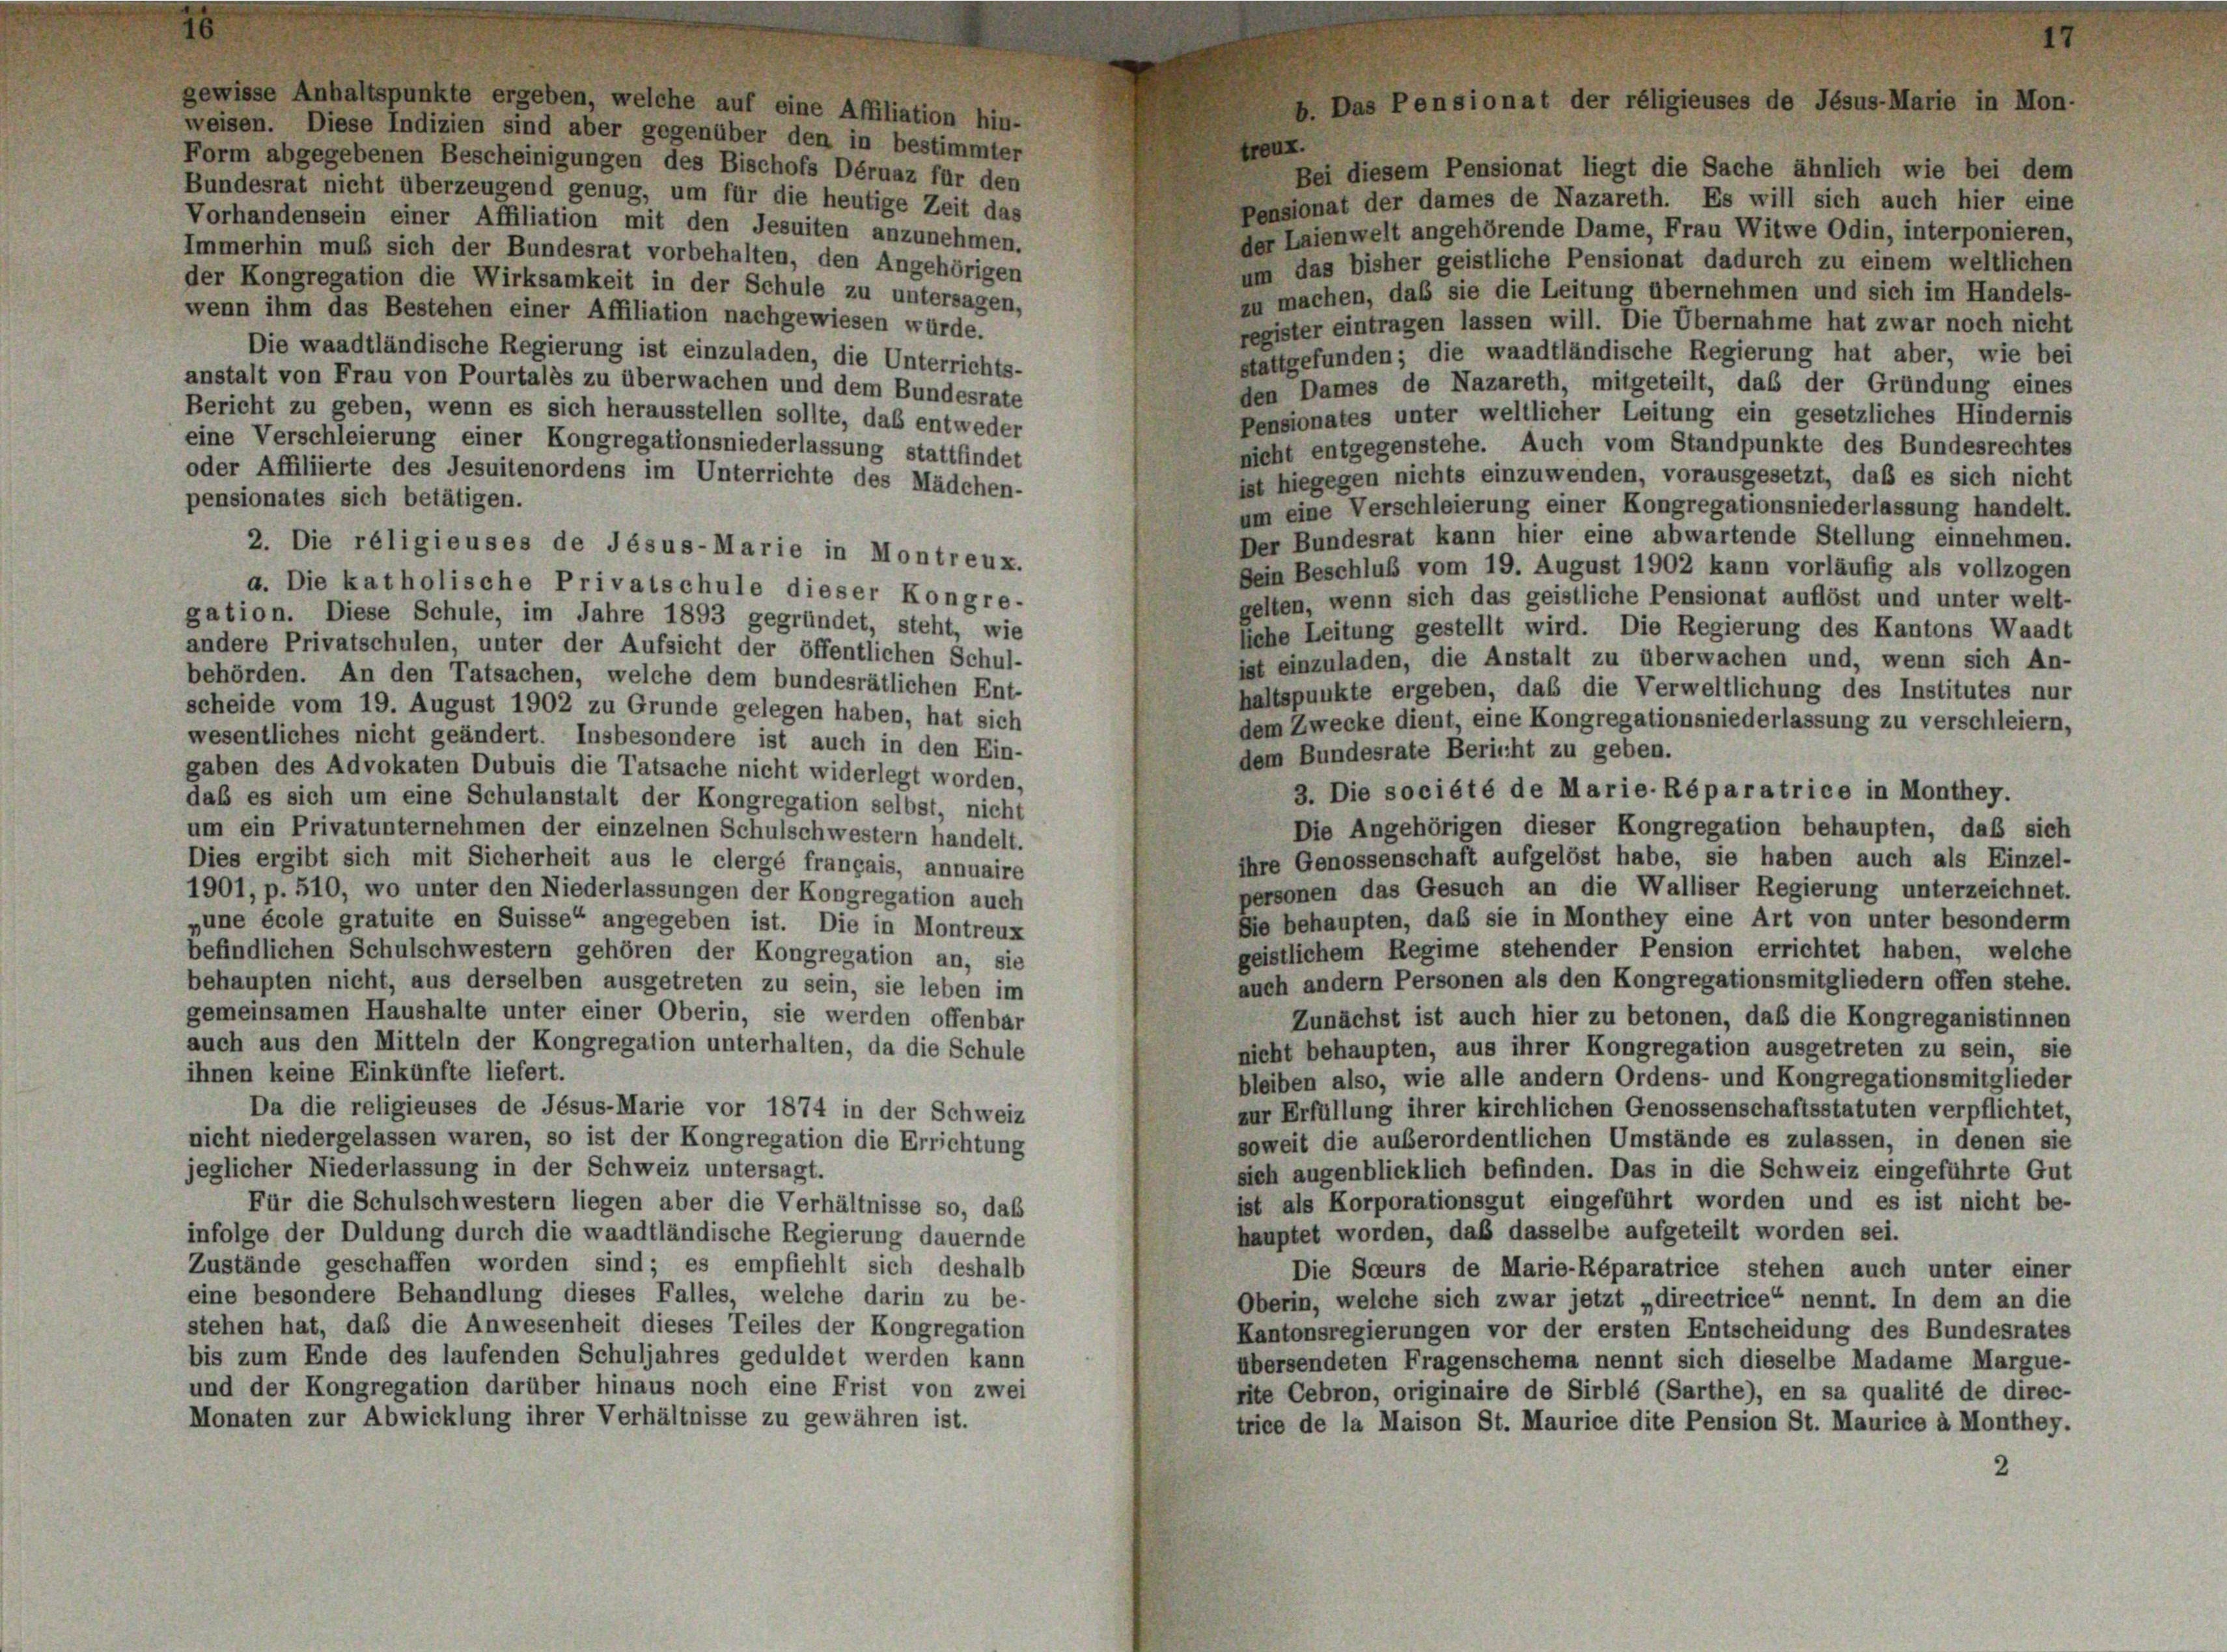
eine Affiliation hin-

sionat der religie

es de Jes

us-Marie in M.

weisen. Diese Indizien sind aber gegenüber den in bestimmter
treux.
Form abgegebenen Bescheinigungen des Bischofs Déruaz für den
Bei diesem Pensionat liegt die Sache ähnlich wie bei dem
Bundesrat nicht überzeugend genug, um für die heutige Zeit das
Pensionat der dames de Nazareth. Es will sich auch hier eine
Vorhandensein einer Affiliation mit den Jesuiten anzunehmen.
der Laienwelt angehörende Dame, Frau Witwe Odin, interponieren,
Immerhin muß sich der Bundesrat vorbehalten, den Angehörigen
um das bisher geistliche Pensionat dadurch zu einem weltlichen
der Kongregation die Wirksamkeit in der Schule zu untersagen,
zu machen, daß sie die Leitung übernehmen und sich im Handels-
wenn ihm das Bestehen einer Affiliation nachgewiesen würde.
register eintragen lassen will. Die Übernahme hat zwar noch nicht
Die waadtländische Regierung ist einzuladen, die Unterrichts-
stattgefunden; die waadtländische Regierung hat aber, wie bei
anstalt von Frau von Pourtalès zu überwachen und dem Bundesrate
den Dames de Nazareth, mitgeteilt, daß der Gründung eines
Bericht zu geben, wenn es sich herausstellen sollte, das entweder
Pensionates unter weltlicher Leitung ein gesetzliches Hindernis
eine Verschleierung einer Kongregationsniederlassung stattfindet
nicht entgegenstehe. Auch vom Standpunkte des Bundesrechtes
oder Affiliierte des Jesuitenordens im Unterrichte des Mädchen-
ist hiegegen nichts einzuwenden, vorausgesetzt, daß es sich nicht
pensionates sich betätigen.
um eine Verschleierung einer Kongregationsniederlassung handelt.
Der Bundesrat kann hier eine abwartende Stellung einnehmen.
2. Die réligieuses de Jésus-Marie in Montreux.
Sein Beschluß vom 19. August 1902 kann vorläufig als vollzogen
a. Die katholische Privatschule dieser Kongre-
gelten, wenn sich das geistliche Pensionat auflöst und unter welt-
gation. Diese Schule, im Jahre 1893 gegründet, steht, wie
liche Leitung gestellt wird. Die Regierung des Kantons Waadt
andere Privatschulen, unter der Aufsicht der öffentlichen Schul-
ist einzuladen, die Anstalt zu überwachen und, wenn sich An-
behörden. An den Tatsachen, welche dem bundesrätlichen Ent-
haltspunkte ergeben, daß die Verweltlichung des Institutes nur
scheide vom 19. August 1902 zu Grunde gelegen haben, hat sich
dem Zwecke dient, eine Kongregationsniederlassung zu verschleiern,
wesentliches nicht geändert. Insbesondere ist auch in den Ein-
dem Bundesrate Bericht zu geben.
gaben des Advokaten Dubuis die Tatsache nicht widerlegt worden,
3. Die société de Marie-Réparatrice in Monthey.
daß es sich um eine Schulanstalt der Kongregation selbst, nicht
Die Angehörigen dieser Kongregation behaupten, daß sich
um ein Privatunternehmen der einzelnen Schulschwestern handelt.
ihre Genossenschaft aufgelöst habe, sie haben auch als Einzel-
Dies ergibt sich mit Sicherheit aus le clergé français, annuaire
personen das Gesuch an die Walliser Regierung unterzeichnet.
1901, p. 510, wo unter den Niederlassungen der Kongregation auch
Sie behaupten, daß sie in Monthey eine Art von unter besonderm
„une école gratuite en Suisse“ angegeben ist. Die in Montreux
geistlichem Regime stehender Pension errichtet haben, welche
befindlichen Schulschwestern gehören der Kongregation an, sie
auch andern Personen als den Kongregationsmitgliedern offen stehe.
behaupten nicht, aus derselben ausgetreten zu sein, sie leben im
gemeinsamen Haushalte unter einer Oberin, sie werden offenbar
Zunächst ist auch hier zu betonen, daß die Kongreganistinnen
auch aus den Mitteln der Kongregation unterhalten, da die Schule
nicht behaupten, aus ihrer Kongregation ausgetreten zu sein, sie
ihnen keine Einkünfte liefert.
bleiben also, wie alle andern Ordens- und Kongregationsmitglieder
Da die religieuses de Jésus-Marie vor 1874 in der Schweiz
zur Erfüllung ihrer kirchlichen Genossenschaftsstatuten verpflichtet,
nicht niedergelassen waren, so ist der Kongregation die Errichtung
soweit die außerordentlichen Umstände es zulassen, in denen sie
jeglicher Niederlassung in der Schweiz untersagt.
sich augenblicklich befinden. Das in die Schweiz eingeführte Gut
ist als Korporationsgut eingeführt worden und es ist nicht be-
Für die Schulschwestern liegen aber die Verhältnisse so, daß
hauptet worden, daß dasselbe aufgeteilt worden sei.
infolge der Duldung durch die waadtländische Regierung dauernde
Zustände geschaffen worden sind; es empfiehlt sich deshalb
Die Soeurs de Marie-Réparatrice stehen auch unter einer
eine besondere Behandlung dieses Falles, welche darin zu be-
Oberin, welche sich zwar jetzt „directrice“ nennt. In dem an die
stehen hat, daß die Anwesenheit dieses Teiles der Kongregation
Kantonsregierungen vor der ersten Entscheidung des Bundesrates
bis zum Ende des laufenden Schuljahres geduldet werden kann
übersendeten Fragenschema nennt sich dieselbe Madame Margue-
und der Kongregation darüber hinaus noch eine Frist von zwei
rite Cebron, originaire de Sirblé (Sarthe), en sa qualité de direc-
Monaten zur Abwicklung ihrer Verhältnisse zu gewähren ist.
trice de la Maison St. Maurice dite Pension St. Maurice à Monthey.
2